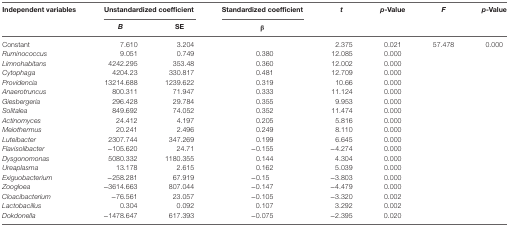
<table><thead><tr><td rowspan="2"><b>Independent variables</b></td><td colspan="2"><b>Unstandardized coefficient</b></td><td><b>Standardized coefficient</b></td><td rowspan="2"><b><i>t</i></b></td><td rowspan="2"><b><i>p</i>-Value</b></td><td rowspan="2"><b><i>F</i></b></td><td rowspan="2"><b><i>p</i>-Value</b></td></tr><tr><td><b><i>B</i></b></td><td><b>SE</b></td><td><b>β</b></td></tr></thead><tbody><tr><td>Constant</td><td>7.610</td><td>3.204</td><td></td><td>2.375</td><td>0.021</td><td>57.478</td><td>0.000</td></tr><tr><td><i>Ruminococcus</i></td><td>9.051</td><td>0.749</td><td>0.380</td><td>12.085</td><td>0.000</td><td></td><td></td></tr><tr><td><i>Limnohabitans</i></td><td>4242.295</td><td>353.48</td><td>0.360</td><td>12.002</td><td>0.000</td><td></td><td></td></tr><tr><td><i>Cytophaga</i></td><td>4204.23</td><td>330.817</td><td>0.481</td><td>12.709</td><td>0.000</td><td></td><td></td></tr><tr><td><i>Providencia</i></td><td>13214.688</td><td>1239.622</td><td>0.319</td><td>10.66</td><td>0.000</td><td></td><td></td></tr><tr><td><i>Anaerotruncus</i></td><td>800.311</td><td>71.947</td><td>0.333</td><td>11.124</td><td>0.000</td><td></td><td></td></tr><tr><td><i>Giesbergeria</i></td><td>296.428</td><td>29.784</td><td>0.355</td><td>9.953</td><td>0.000</td><td></td><td></td></tr><tr><td><i>Solitalea</i></td><td>849.692</td><td>74.052</td><td>0.352</td><td>11.474</td><td>0.000</td><td></td><td></td></tr><tr><td><i>Actinomyces</i></td><td>24.412</td><td>4.197</td><td>0.205</td><td>5.816</td><td>0.000</td><td></td><td></td></tr><tr><td><i>Meiothermus</i></td><td>20.241</td><td>2.496</td><td>0.249</td><td>8.110</td><td>0.000</td><td></td><td></td></tr><tr><td><i>Luteibacter</i></td><td>2307.744</td><td>347.269</td><td>0.199</td><td>6.645</td><td>0.000</td><td></td><td></td></tr><tr><td><i>Flavisolibacter</i></td><td>−105.620</td><td>24.71</td><td>−0.155</td><td>−4.274</td><td>0.000</td><td></td><td></td></tr><tr><td><i>Dysgonomonas</i></td><td>5080.332</td><td>1180.355</td><td>0.144</td><td>4.304</td><td>0.000</td><td></td><td></td></tr><tr><td><i>Ureaplasma</i></td><td>13.178</td><td>2.615</td><td>0.162</td><td>5.039</td><td>0.000</td><td></td><td></td></tr><tr><td><i>Exiguobacterium</i></td><td>−258.281</td><td>67.919</td><td>−0.15</td><td>−3.803</td><td>0.000</td><td></td><td></td></tr><tr><td><i>Zoogloea</i></td><td>−3614.663</td><td>807.044</td><td>−0.147</td><td>−4.479</td><td>0.000</td><td></td><td></td></tr><tr><td><i>Cloacibacterium</i></td><td>−76.561</td><td>23.057</td><td>−0.105</td><td>−3.320</td><td>0.002</td><td></td><td></td></tr><tr><td><i>Lactobacillus</i></td><td>0.304</td><td>0.092</td><td>0.107</td><td>3.292</td><td>0.002</td><td></td><td></td></tr><tr><td><i>Dokdonella</i></td><td>−1478.647</td><td>617.393</td><td>−0.075</td><td>−2.395</td><td>0.020</td><td></td><td></td></tr></tbody></table>